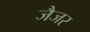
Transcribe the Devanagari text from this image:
जैजर